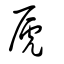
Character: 虒